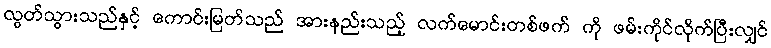
လွတ်သွားသည်နှင့် ကောင်းမြတ်သည် အားနည်းသည့် လက်မောင်းတစ်ဖက် ကို ဖမ်းကိုင်လိုက်ပြီးလျှင်